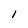
Character: l